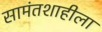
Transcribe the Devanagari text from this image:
सामंतशाहीला